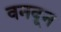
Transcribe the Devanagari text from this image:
वनवून